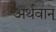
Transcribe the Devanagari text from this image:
अर्थवान्